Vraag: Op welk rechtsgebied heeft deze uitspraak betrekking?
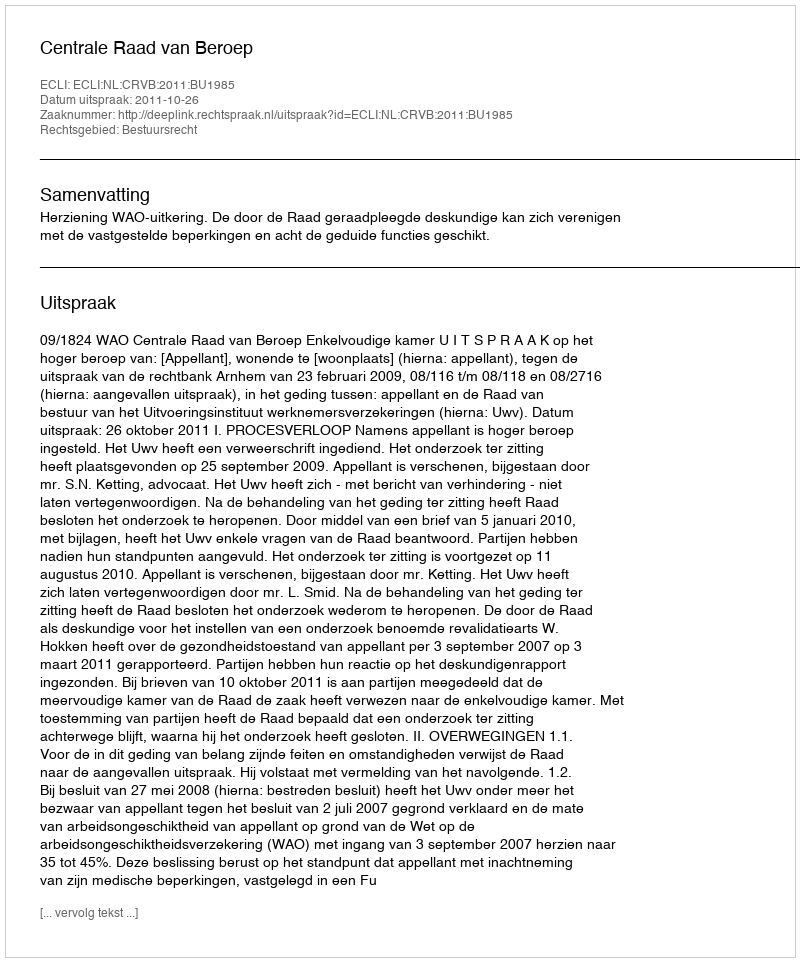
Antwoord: Bestuursrecht